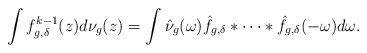
LaTeX: \begin{align*}\int f^{k-1}_{g,\delta}(z)d\nu_g(z)=\int \hat{\nu}_g(\omega)\hat{f}_{g,\delta}*\dots*\hat{f}_{g,\delta}(-\omega)d\omega.\end{align*}